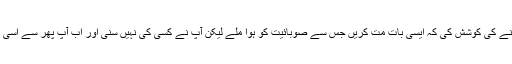
آپ کو محفل کے قریب قریب سبھی اراکین نے سمجھانے کی کوشش کی کہ ایسی بات مت کریں جس سے صوبائیت کو ہوا ملے لیکن آپ نے کسی کی نہیں سنی اور اب آپ پھر سے اسی بات پر بضد ہو کہ آپ نے صوبائیت کی بات نہیں کی۔